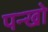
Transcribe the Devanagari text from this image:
पन्खो